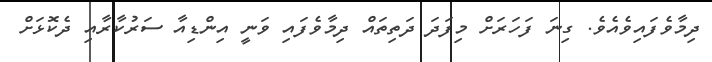
ދިމާވެފައިވެއެވެ. ގިނަ ފަހަރަށް މިފަދަ ދަތިތައް ދިމާވެފައި ވަނީ އިންޑިއާ ސަރުކާރާއި ދެކޮޅަށް